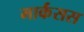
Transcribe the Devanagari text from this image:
मार्कंसस